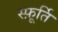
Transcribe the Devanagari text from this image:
स्फ़ूर्ति